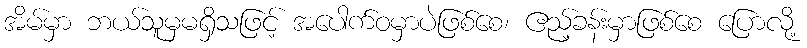
အိမ်မှာ ဘယ်သူမှမရှိသဖြင့် အပေါက်ဝမှာပဲဖြစ်စေ၊ ဧည့်ခန်းမှာဖြစ်စေ ပြောလို့